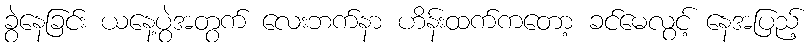
ခွဲနေခြင်း ယနေ့ပွဲအတွက် လေးဘက်နာ ဟိန်းထက်ကတော့ ခင်မေလွင့် နေအပြည့်